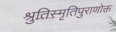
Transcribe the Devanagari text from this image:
श्रुतिस्मृतिपुराणोक्त